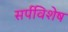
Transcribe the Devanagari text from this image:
सर्पविशेष